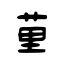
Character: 荲